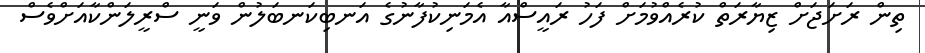
ތިން ރަށަޖަށް ޒިޔާރަތް ކުރެއްވުމަށް ފަހު ރައީސްއާ އެމަނިކުފާނުގެ އަނބިކަނބަލުން ވަނީ ސްރީލަންކާއަށްވެސް